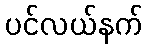
ပင်လယ်နက်